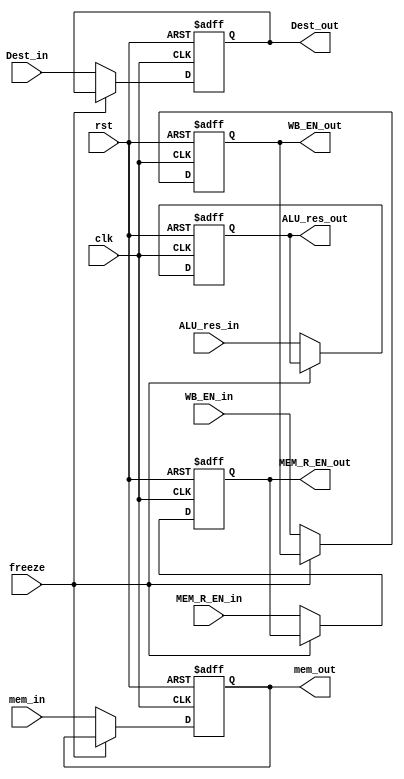
module MEM_Reg (
    input clk, rst, freeze,
    input WB_EN_in, MEM_R_EN_in,
    input[31:0] ALU_res_in, mem_in,
    input[3:0] Dest_in,

    output reg WB_EN_out, MEM_R_EN_out,
    output reg[31:0] ALU_res_out, mem_out,
    output reg[3:0] Dest_out

  );

  always @(posedge clk, posedge rst)
  begin
    if (rst)
    begin
      Dest_out <= 0;
      WB_EN_out <= 0;
      MEM_R_EN_out <= 0;
      ALU_res_out <= 0;
      mem_out <= 0;
    end
    else if (freeze)
    begin
      Dest_out <= Dest_out;
      WB_EN_out <= WB_EN_out;
      MEM_R_EN_out <= MEM_R_EN_out;
      ALU_res_out <= ALU_res_out;
      mem_out <= mem_out;
    end
    else
    begin
      WB_EN_out <= WB_EN_in;
      MEM_R_EN_out <= MEM_R_EN_in;
      Dest_out <= Dest_in;
      ALU_res_out <= ALU_res_in;
      mem_out <= mem_in;
    end
  end

endmodule